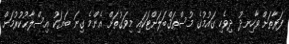
ފަރާތަށް ވާހިނދު ދިވެހި ގައުމުގެ މުސްތަޤްބަލަށްޓަކައި މިވަގުތަށް އެންމެ ގިނަ ބަޔަކު އިސްލާޙުކުރުމަށް